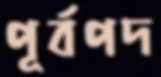
পূর্বপদ